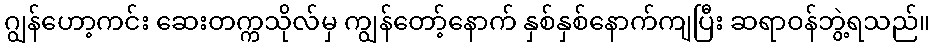
ဂျွန်ဟော့ကင်း ဆေးတက္ကသိုလ်မှ ကျွန်တော့်နောက် နှစ်နှစ်နောက်ကျပြီး ဆရာဝန်ဘွဲ့ရသည်။